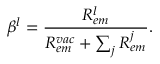
\beta ^ { l } = \frac { R _ { e m } ^ { l } } { R _ { e m } ^ { v a c } + \sum _ { j } R _ { e m } ^ { j } } .